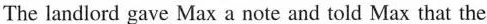
The landlord gave Max a note and told Max that the